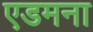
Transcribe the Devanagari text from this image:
एडमना